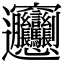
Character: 𰻞